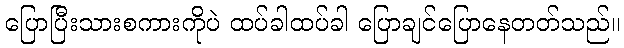
ပြောပြီးသားစကားကိုပဲ ထပ်ခါထပ်ခါ ပြောချင်ပြောနေတတ်သည်။